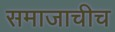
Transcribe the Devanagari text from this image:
समाजाचीच